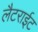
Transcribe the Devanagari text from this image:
लैटराईट